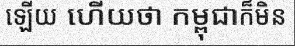
ឡើយ ហើយថា កម្ពុជាក៏មិន